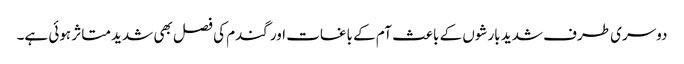
دوسری طرف شدید بارشوں کے باعث آم کے باغات اور گندم کی فصل بھی شدید متاثر ہوئی ہے۔